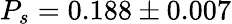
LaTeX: P_{s}=0.188\pm 0.007